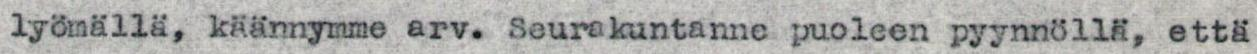
lyömällä, käännymme arv. Seurakuntanne puoleen pyynnöllä, että